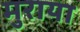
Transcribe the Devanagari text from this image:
मुराया